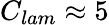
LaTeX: C_{lam}\approx 5